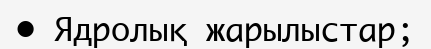
• Ядролық жарылыстар;